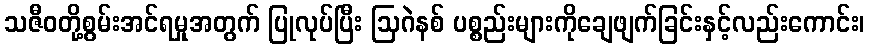
သဇီဝတို့စွမ်းအင်ရမှုအတွက် ပြုလုပ်ပြီး ဩဂဲနစ် ပစ္စည်းများကိုချေဖျက်ခြင်းနှင့်လည်းကောင်း၊